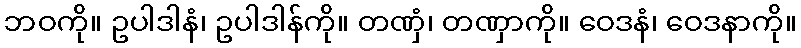
ဘဝကို။ ဥပါဒါနံ၊ ဥပါဒါန်ကို။ တဏှံ၊ တဏှာကို။ ဝေဒနံ၊ ဝေဒနာကို။